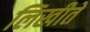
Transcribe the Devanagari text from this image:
लिखीते